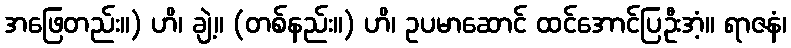
အဖြေတည်း။) ဟိ၊ ချဲ့။ (တစ်နည်း။) ဟိ၊ ဥပမာဆောင် ထင်အောင်ပြဦးအံ့။ ရာဇနံ၊